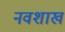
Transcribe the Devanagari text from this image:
नवशाख